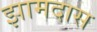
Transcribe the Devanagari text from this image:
झामदास